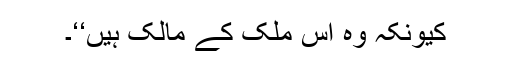
کیونکہ وہ اس ملک کے مالک ہیں‘‘۔